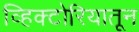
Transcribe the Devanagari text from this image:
व्हिक्टोरियातून